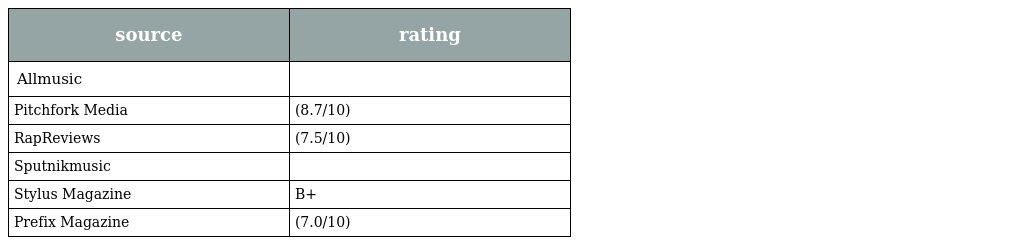
| source | rating |
 | --- | --- |
 | Allmusic |  |
 | Pitchfork Media | (8.7/10) |
 | RapReviews | (7.5/10) |
 | Sputnikmusic |  |
 | Stylus Magazine | B+ |
 | Prefix Magazine | (7.0/10) |